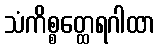
သံကိစ္စတ္ထေရဂါထာ